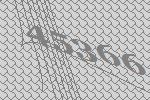
45366